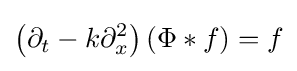
\left(\partial _{t}-k\partial _{x}^{2}\right)(\Phi *f)=f